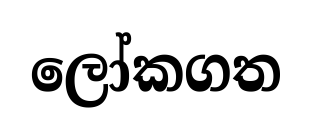
ලෝකගත